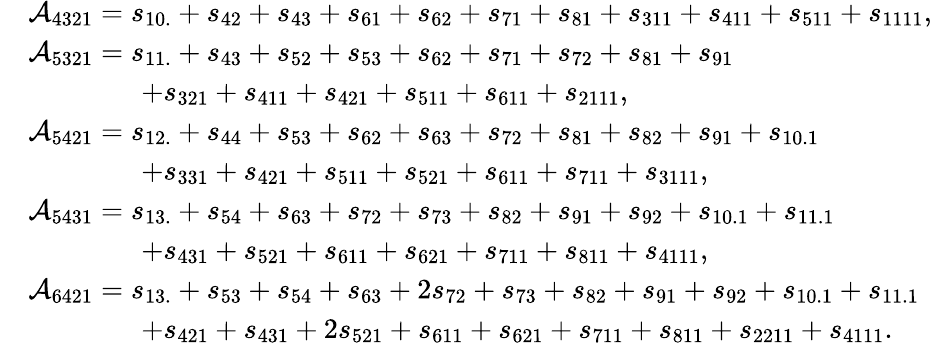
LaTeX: \begin{array}{rl}&{\mathcal{A}_{4321}=s_{10.}+s_{42}+s_{43}+s_{61}+s_{62}+s_{71}+s_{81}+s_{311}+s_{411}+s_{511}+s_{1111},}\\ &{\mathcal{A}_{5321}=s_{11.}+s_{43}+s_{52}+s_{53}+s_{62}+s_{71}+s_{72}+s_{81}+s_{91}}\\ &{\qquad\qquad+s_{321}+s_{411}+s_{421}+s_{511}+s_{611}+s_{2111},}\\ &{\mathcal{A}_{5421}=s_{12.}+s_{44}+s_{53}+s_{62}+s_{63}+s_{72}+s_{81}+s_{82}+s_{91}+s_{10.1}}\\ &{\qquad\qquad+s_{331}+s_{421}+s_{511}+s_{521}+s_{611}+s_{711}+s_{3111},}\\ &{\mathcal{A}_{5431}=s_{13.}+s_{54}+s_{63}+s_{72}+s_{73}+s_{82}+s_{91}+s_{92}+s_{10.1}+s_{11.1}}\\ &{\qquad\qquad+s_{431}+s_{521}+s_{611}+s_{621}+s_{711}+s_{811}+s_{4111},}\\ &{\mathcal{A}_{6421}=s_{13.}+s_{53}+s_{54}+s_{63}+2s_{72}+s_{73}+s_{82}+s_{91}+s_{92}+s_{10.1}+s_{11.1}}\\ &{\qquad\qquad+s_{421}+s_{431}+2s_{521}+s_{611}+s_{621}+s_{711}+s_{811}+s_{2211}+s_{4111}.}\end{array}